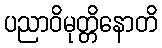
ပညာဝိမုတ္တိနောတိ